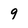
Character: 9